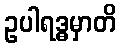
ဥပါရဒ္ဓမှာတိ